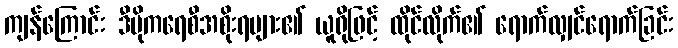
ကျန်ကြောင်း ဒီမိုကရေစီအစိုးရများ၏ ယူရိုဖြင့် ထိုင်လိုက်၏ ရောက်လျှင်ရောက်ခြင်း